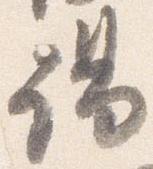
謁